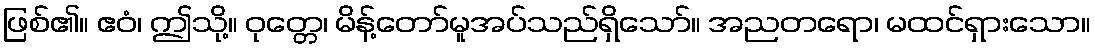
ဖြစ်၏။ ဧဝံ၊ ဤသို့။ ဝုတ္တေ၊ မိန့်တော်မူအပ်သည်ရှိသော်။ အညတရော၊ မထင်ရှားသော။